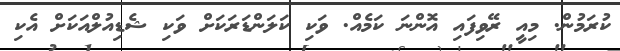
ކުރަމުން. މިއީ ރޭވިފައި އޮންނަ ކަމެއް. ވަކި ކަލަންޑަރަކަށް ވަކި ޝެޑިއުލްއަކަށް އެކި